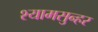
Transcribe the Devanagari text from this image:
श्यामसुन्हर